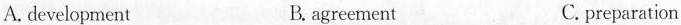
A.development B.agreement C.preparation